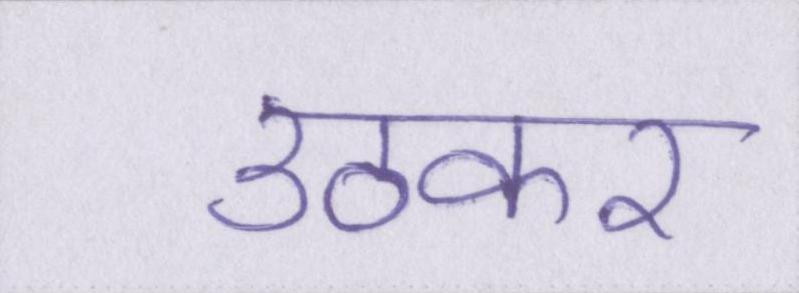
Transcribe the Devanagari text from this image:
उठकर